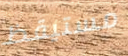
مستيقظ